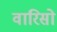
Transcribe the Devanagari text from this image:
वारिसो